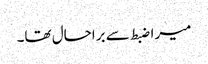
میرا ضبط سے براحال تھا۔